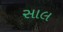
સાલ